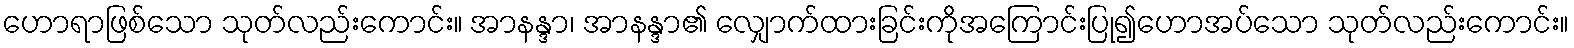
ဟောရာဖြစ်သော သုတ်လည်းကောင်း။ အာနန္ဒာ၊ အာနန္ဒာ၏ လျှောက်ထားခြင်းကိုအကြောင်းပြု၍ဟောအပ်သော သုတ်လည်းကောင်း။